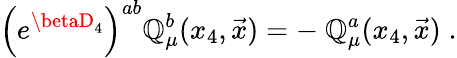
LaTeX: \left(e^{\betaD_{4}}\right)^{ab}\mathbb{Q}_{\mu}^{b}(x_{4},{\vec{{x}}})=-\ \mathbb{Q}_{\mu}^{a}(x_{4},{\vec{{x}}})\; .